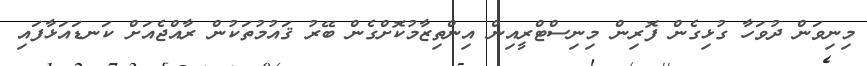
މިނިވަން ދުވަހާ ގުޅިގެން ފޮރިން މިނިސްޓްރީއިން އިންތިޒާމުކޮށްގެން ބޭރު ޤައުމުތަކުން ރާއްޖެއަށް ކަނޑައަޅާފައި